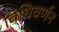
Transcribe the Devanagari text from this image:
विधिवर्णन